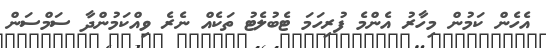
އެހެން ކަމުން މިހާރު އެންމެ ފުރިހަމަ ޓެބުލެޓު ތަކެއް ނެރެ ވިއްކަމުންދާ ސަމްސަން